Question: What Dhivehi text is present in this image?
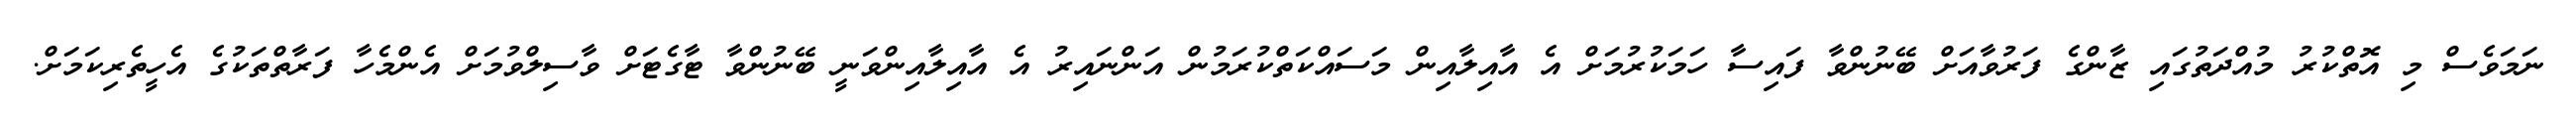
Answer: ނަމަވެސް މި އޮތްކުރު މުއްދަތުގައި ޒާންގެ ފަރުވާއަށް ބޭނުންވާ ފައިސާ ހަމަކުރުމަށް އެ އާއިލާއިން މަސައްކަތްކުރަމުން އަންނައިރު އެ އާއިލާއިންވަނީ ބޭނުންވާ ޓާގެޓަށް ވާސިލްވުމަށް އެންމެހާ ފަރާތްތަކުގެ އެހީތެރިކަމަށް.